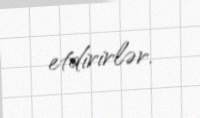
etdirirlər.